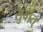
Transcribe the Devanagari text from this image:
सुर्वात